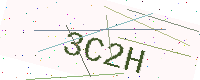
Text: 3C2H